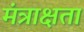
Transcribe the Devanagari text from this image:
मंत्राक्षता